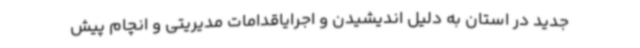
جدید در استان به دلیل اندیشیدن و اجرایاقدامات مدیریتی و انچام پیش